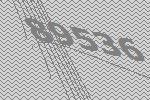
89536